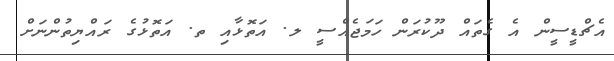
އެޗްޑީސީން އެ ގެތައް ދޫކުރަން ހަމަޖެއްސީ ލ. އަތޮޅާއި ތ. އަތޮޅުގެ ރައްޔިތުންނަށް